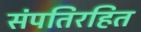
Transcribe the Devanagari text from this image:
संपतिरहित